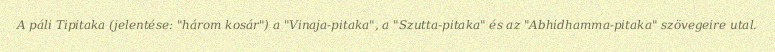
A páli Tipitaka (jelentése: "három kosár") a "Vinaja-pitaka", a "Szutta-pitaka" és az "Abhidhamma-pitaka" szövegeire utal.